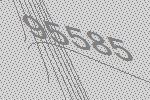
95585